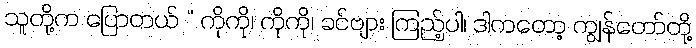
သူတို့က ပြောတယ် “ ကိုကို၊ ကိုကို၊ ခင်ဗျား ကြည့်ပါ၊ ဒါကတော့ ကျွန်တော်တို့